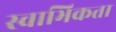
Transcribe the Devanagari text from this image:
स्वाभिकता